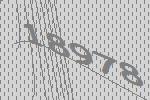
18978